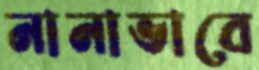
নানাভাবে